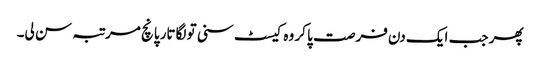
پھر جب ایک دن فرصت پا کر وہ کیسٹ سنی تو لگاتار پانچ مرتبہ سن لی۔